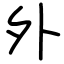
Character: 外